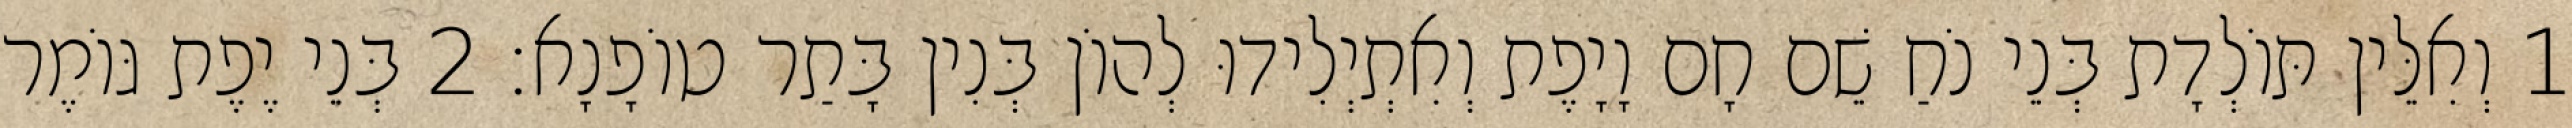
1 וְאִלֵּין תּוֹלְדָת בְּנֵי נֹחַ שֵׁם חָם וָיָפֶת וְאִתְיְלִידוּ לְהוֹן בְּנִין בָּתַר טוֹפָנָא׃ 2 בְּנֵי יֶפֶת גּוֹמֶר